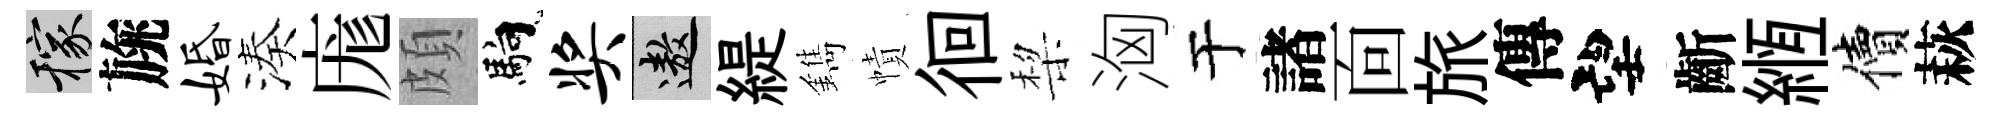
稼旐婚湊庬頗馿奖遨緹鐫幘徊棃洶于諸靣旅傳望齗縆價萩